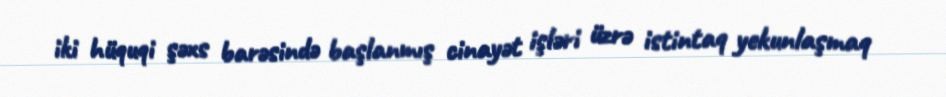
iki hüquqi şəxs barəsində başlanmış cinayət işləri üzrə istintaq yekunlaşmaq